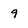
Character: 9